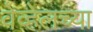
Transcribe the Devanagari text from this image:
वेव्हेलच्या